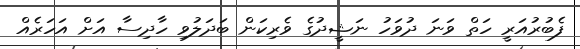
ފެބުރުއަރީ ހަތް ވަނަ ދުވަހު ނަޝީދުގެ ވެރިކަން ބަދަލުވި ހާދިސާ އަށް އަހަރެއް